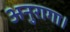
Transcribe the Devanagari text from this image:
अनुरागा।